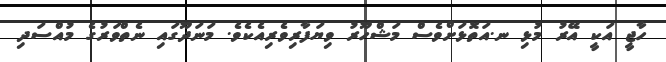
ހާޖީ އަކީ އޭރު މުޅި ނ.އަތޮޅަށްވެސް މަޝްހޫރު ވިޔަފާރިވެރިއެކެވެ. މަނަދޫގައި ނެތްވަރުގެ މުއްސަދި